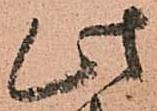
此